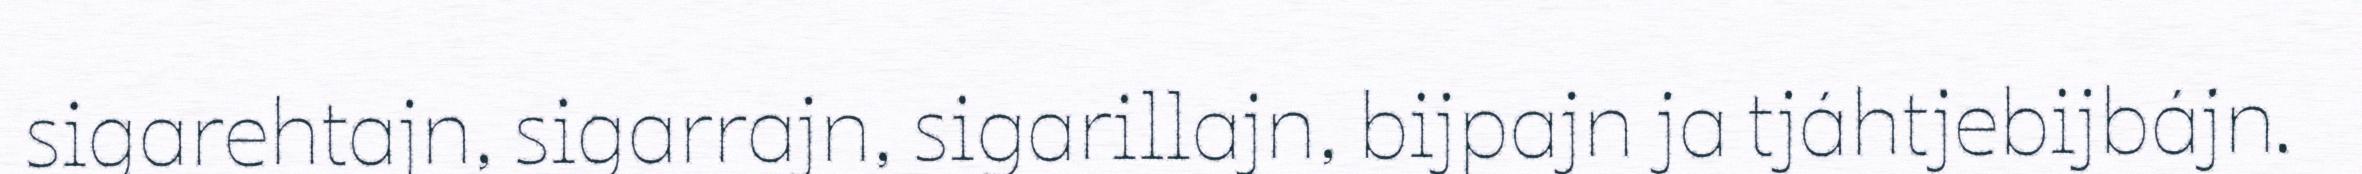
sigarehtajn, sigarrajn, sigarillajn, bijpajn ja tjáhtjebijbájn.